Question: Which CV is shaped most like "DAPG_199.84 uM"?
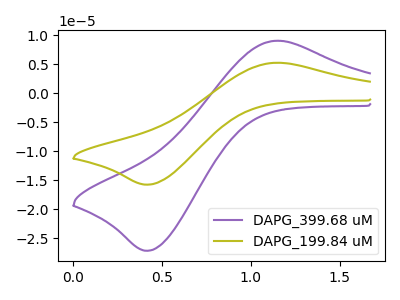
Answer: <think>The purple curve "DAPG_399.68 uM" has an anodic peak at (1.15V, 9.05uA) and a cathodic peak at (0.40V, -27.20uA). The olive curve "DAPG_199.84 uM" has an anodic peak at (1.15V, 5.25uA) and a cathodic peak at (0.40V, -15.80uA).
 All the peaks in "DAPG_399.68 uM" have a peak in "DAPG_199.84 uM" at the same potential. Every peak in "DAPG_399.68 uM" is higher than every peak in "DAPG_199.84 uM".</think>
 <answer>The CV with the most similar shape to "DAPG_399.68 uM" is "DAPG_199.84 uM".</answer>
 <eval>"DAPG_199.84 uM"</eval>